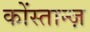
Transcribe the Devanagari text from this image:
कोंस्तान्ज़